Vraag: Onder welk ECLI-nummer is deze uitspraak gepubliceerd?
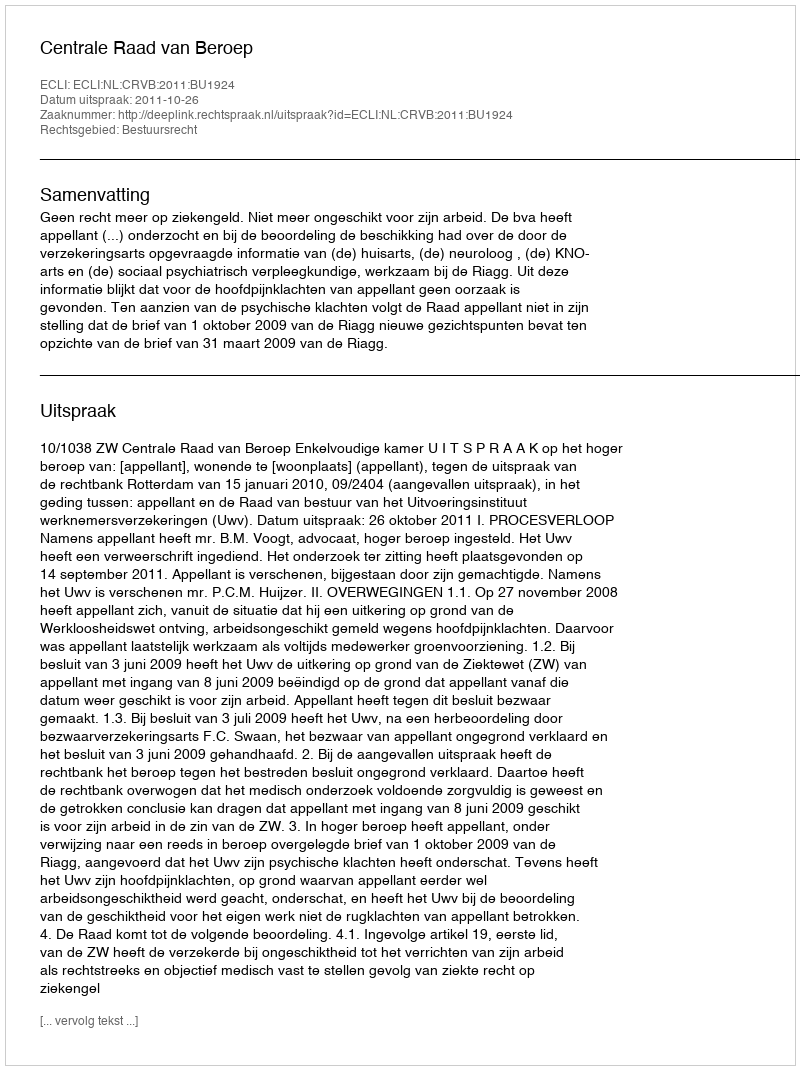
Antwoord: ECLI:NL:CRVB:2011:BU1924